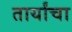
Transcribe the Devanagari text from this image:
तार्यांचा